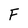
Character: F